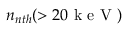
n _ { n t h } ( > 2 0 \mathrm { ~ k ~ e ~ V ~ } )